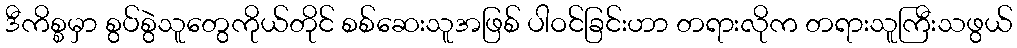
ဒီကိစ္စမှာ စွပ်စွဲသူတွေကိုယ်တိုင် စစ်ဆေးသူအဖြစ် ပါဝင်ခြင်းဟာ တရားလိုက တရားသူကြီးသဖွယ်